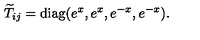
{ \widetilde T } _ { i j } = \mathrm { d i a g } ( e ^ { x } , e ^ { x } , e ^ { - x } , e ^ { - x } ) .